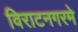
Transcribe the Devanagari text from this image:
विराटनगरमे